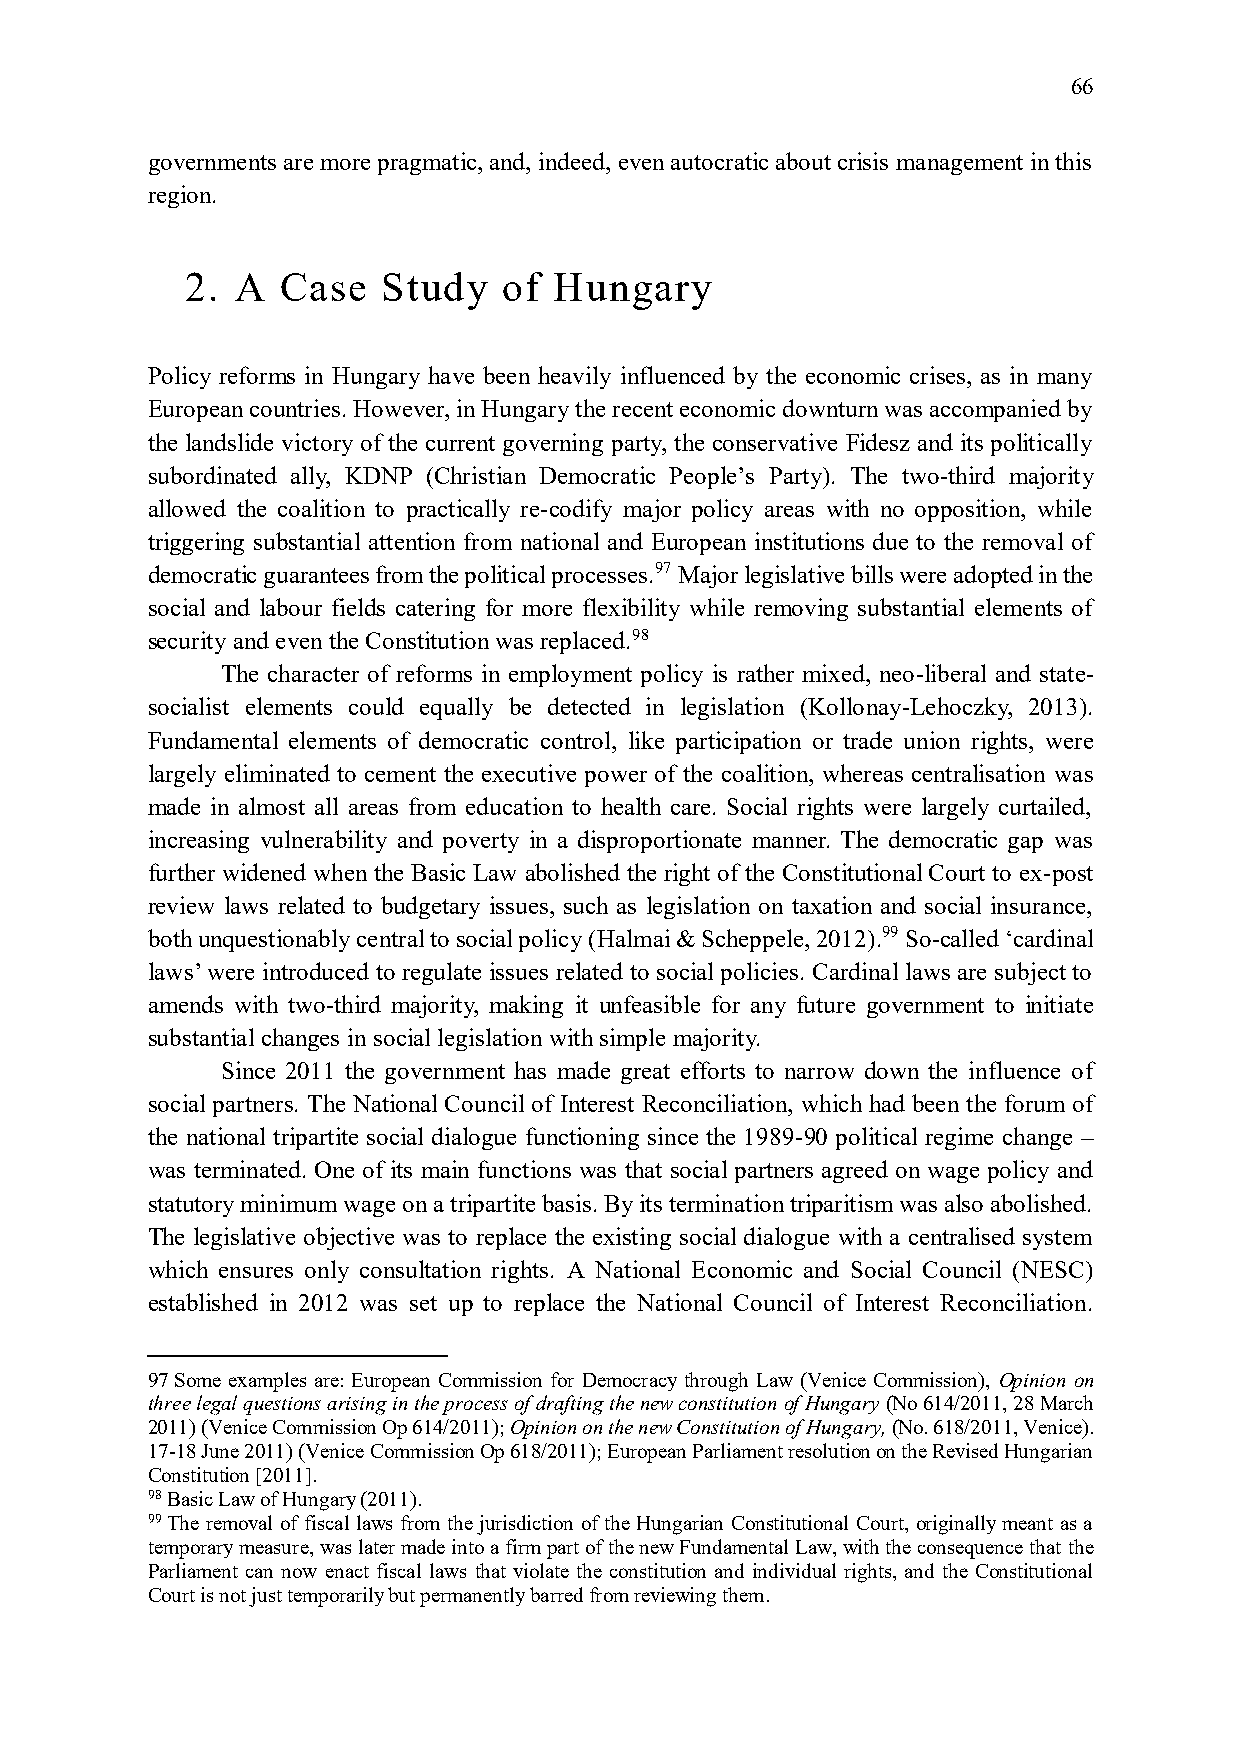
66
 governments are more pragmatic, and, indeed, even autocratic about crisis management in this
 region.
 2.  A  Case  Study   of  Hungary
 Policy reforms in Hungary have been heavily influenced by the economic crises, as in many
 European countries. However, in Hungary the recent economic downturn was accompanied by
 the landslide victory of the current governing party, the conservative Fidesz and its politically
 subordinated ally, KDNP (Christian Democratic People’s Party). The two-third majority
 allowed the coalition to practically re-codify major policy areas with no opposition, while
 triggering substantial attention from national and European institutions due to the removal of
 democratic guarantees from the political processes.97 Major legislative bills were adopted in the
 social and labour fields catering for more flexibility while removing substantial elements of
 security and even the Constitution was replaced.98
 The character of reforms in employment policy is rather mixed, neo-liberal and state-
 socialist elements could equally be detected in legislation (Kollonay-Lehoczky, 2013).
 Fundamental elements of democratic control, like participation or trade union rights, were
 largely eliminated to cement the executive power of the coalition, whereas centralisation was
 made in almost all areas from education to health care. Social rights were largely curtailed,
 increasing vulnerability and poverty in a disproportionate manner. The democratic gap was
 further widened when the Basic Law abolished the right of the Constitutional Court to ex-post
 review laws related to budgetary issues, such as legislation on taxation and social insurance,
 both unquestionably central to social policy (Halmai & Scheppele, 2012).99 So-called ‘cardinal
 laws’ were introduced to regulate issues related to social policies. Cardinal laws are subject to
 amends with two-third majority, making it unfeasible for any future government to initiate
 substantial changes in social legislation with simple majority.
 Since 2011 the government has made great efforts to narrow down the influence of
 social partners. The National Council of Interest Reconciliation, which had been the forum of
 the national tripartite social dialogue functioning since the 1989-90 political regime change –
 was terminated. One of its main functions was that social partners agreed on wage policy and
 statutory minimum wage on a tripartite basis. By its termination triparitism was also abolished.
 The legislative objective was to replace the existing social dialogue with a centralised system
 which ensures only consultation rights. A National Economic and Social Council (NESC)
 established in 2012 was set up to replace the National Council of Interest Reconciliation.
 97 Some examples are: European Commission for Democracy through Law (Venice Commission), Opinion on
 three legal questions arising in the process of drafting the new constitution of Hungary (No 614/2011, 28 March
 2011) (Venice Commission Op 614/2011); Opinion on the new Constitution of Hungary, (No. 618/2011, Venice).
 17-18 June 2011) (Venice Commission Op 618/2011); European Parliament resolution on the Revised Hungarian
 Constitution [2011].
 98 Basic Law of Hungary (2011).
 99 The removal of fiscal laws from the jurisdiction of the Hungarian Constitutional Court, originally meant as a
 temporary measure, was later made into a firm part of the new Fundamental Law, with the consequence that the
 Parliament can now enact fiscal laws that violate the constitution and individual rights, and the Constitutional
 Court is not just temporarily but permanently barred from reviewing them.